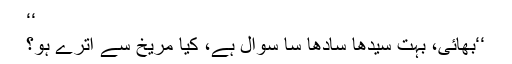
‘‘
‘‘بھائی، بہت سیدھا سادھا سا سوال ہے، کیا مریخ سے اترے ہو؟